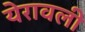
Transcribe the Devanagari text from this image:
येरावली